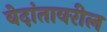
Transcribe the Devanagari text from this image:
वेदांतावरील